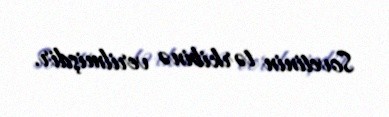
Sovetinin tərkibinə verilmişdir.